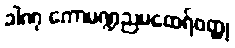
ခါဏု ကောမဏ္ဍညမထေရ်ဝတ္ထု